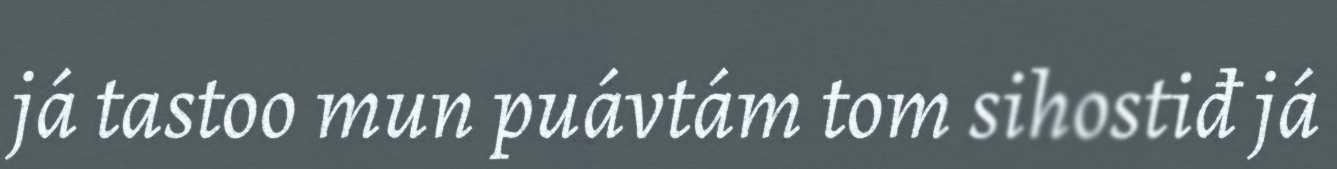
já tastoo mun puávtám tom sihostiđ já